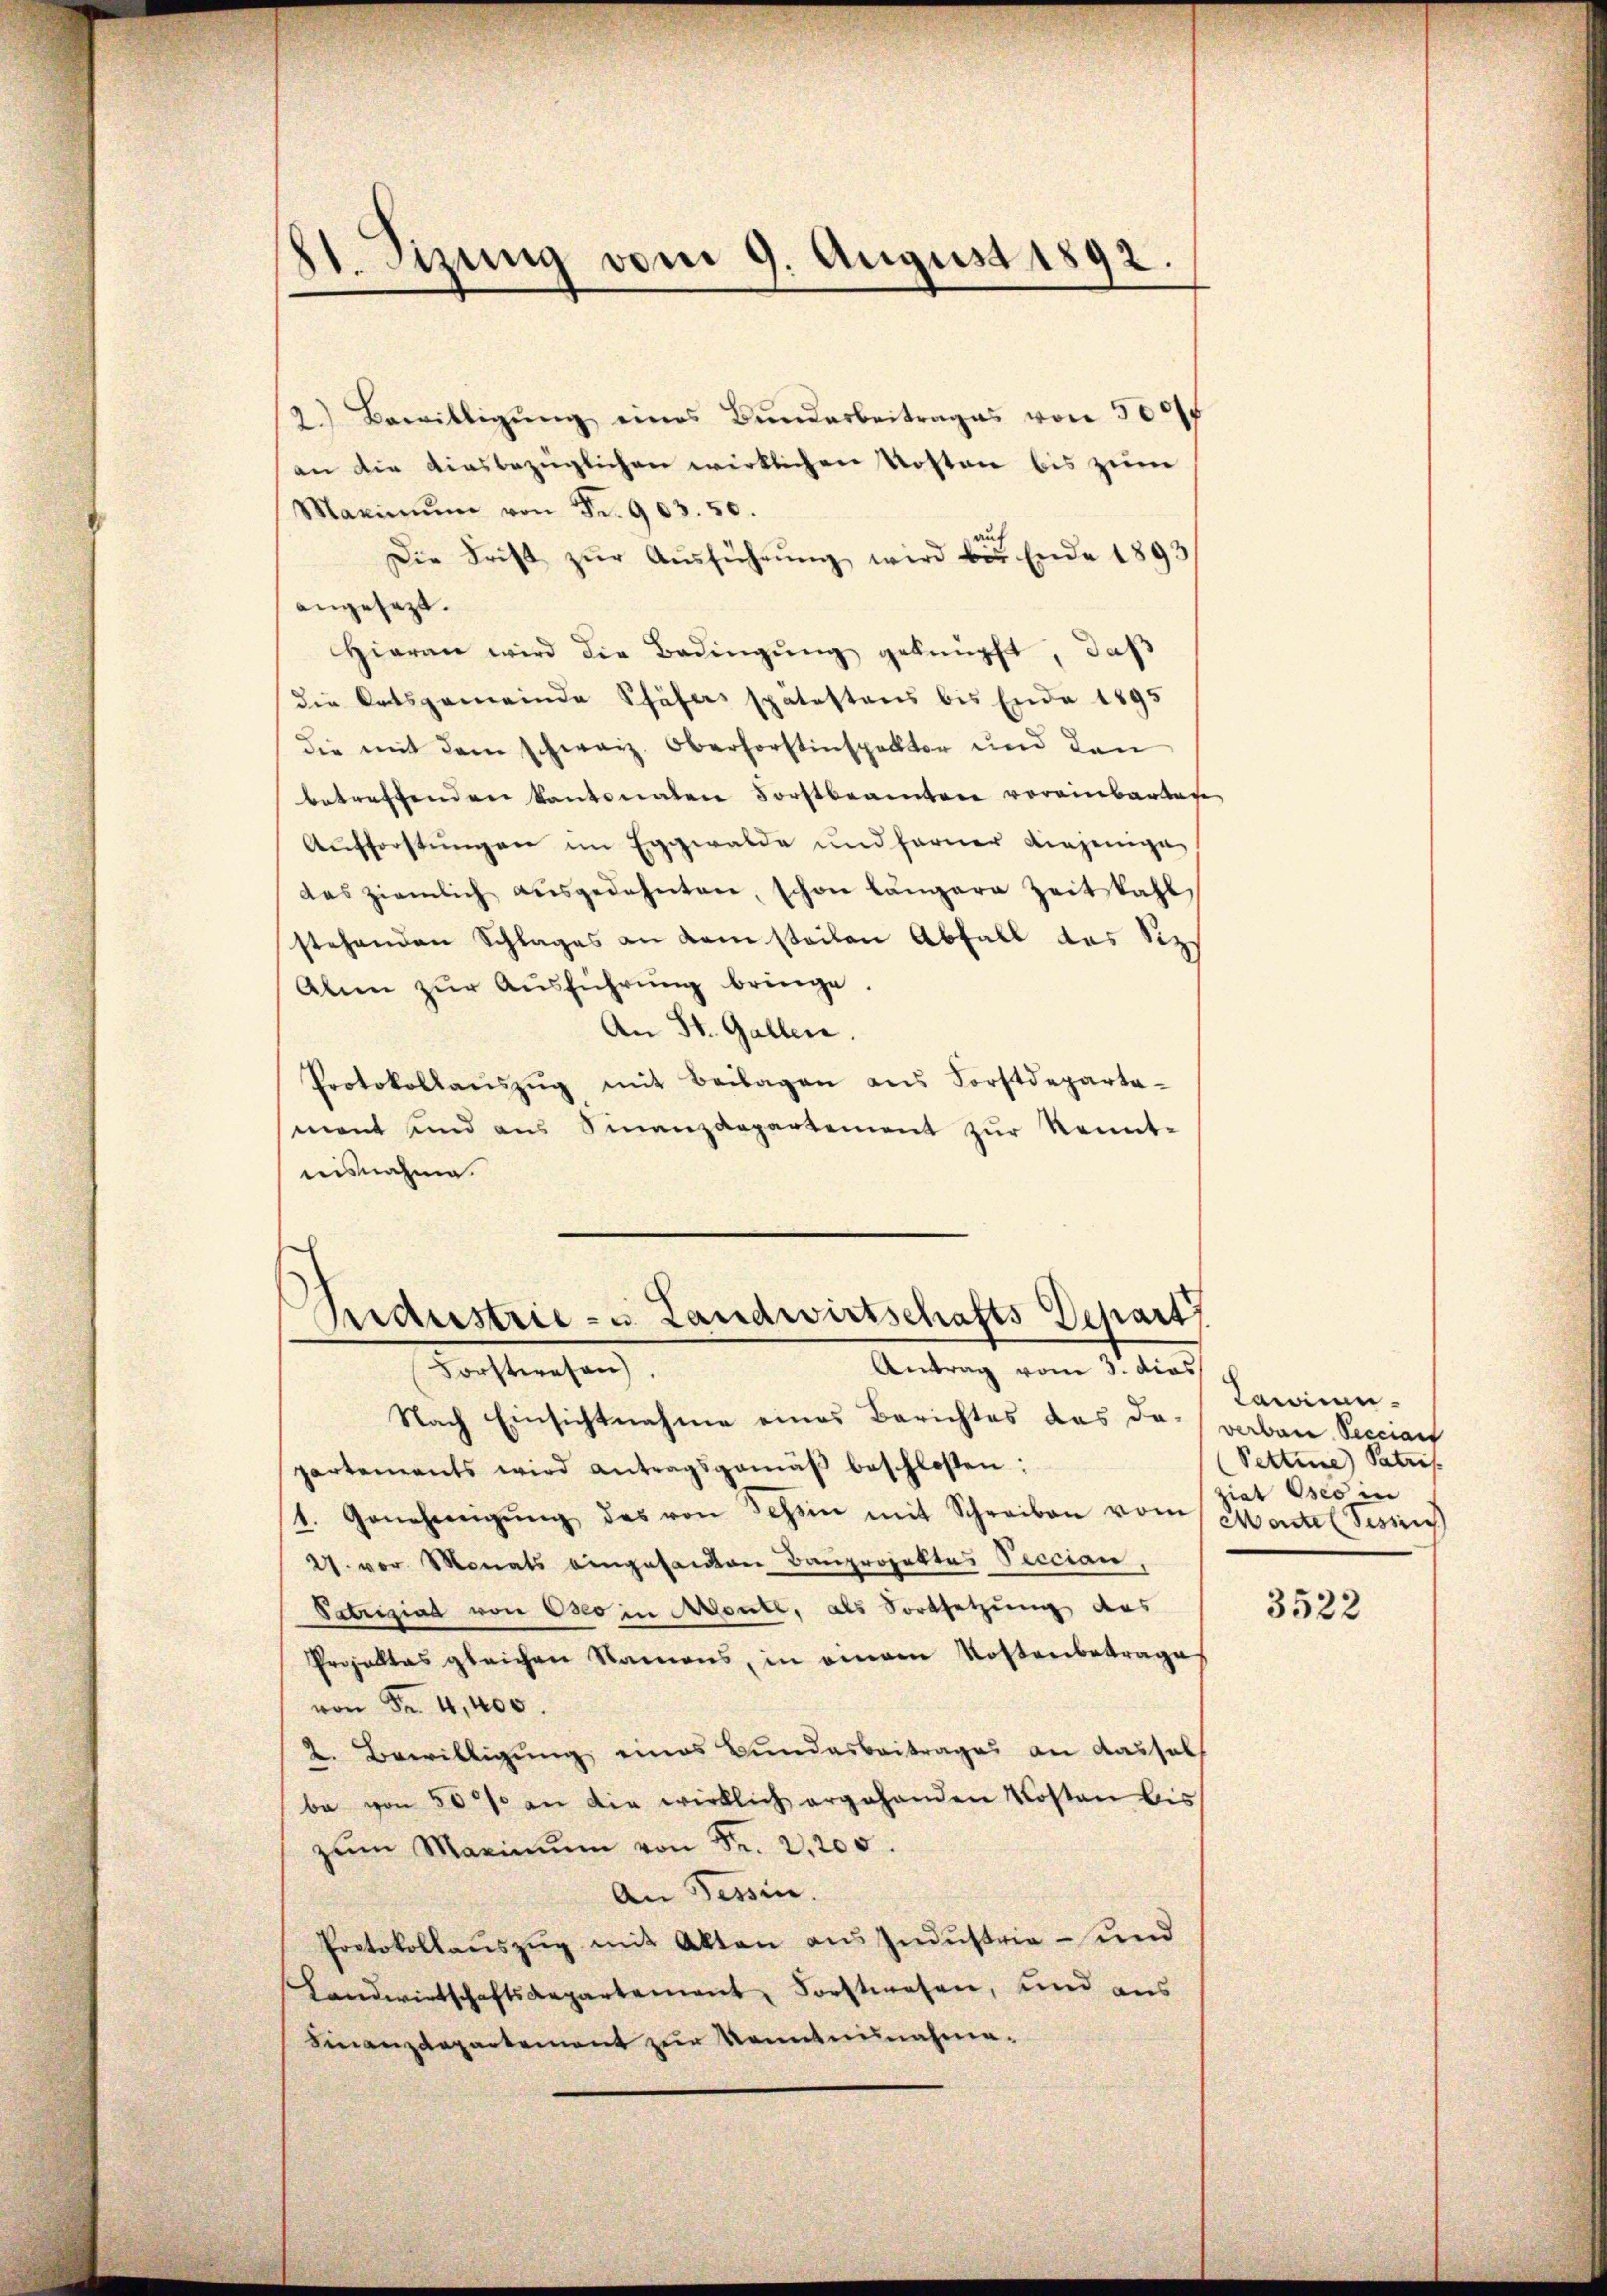
21. Sizung vom 9. August 1892.

2.) Bewilligŭng eines Bundarbeitrages von 5000f
an die diesbezüglichen wirklichen Kosten bis zum
Maximŭm von Fr. 903. 50.
Die Frist zŭr Aŭsführŭng wird bis Ende 1893/
angesezt.
hiaran wird die Bedingŭng geknüpft, daß
die Ortsgemeinde Schäfers spätestens bis Ende 1895
die mit dem schweiz. Oberforstinspektor und den
betreffenden kantonalen Forstbeamten voreinbarten
Aufforstungen im Eggwalde und ferner diejenige
das ziemlich aŭsgedehnten, schon längere Zeit kahl
stehenden Schlages an dem steilen Abfall des Sizs
Alee zŭr Aŭsführŭng bringe.
An St. Gallen.
Protokollaŭszŭg mit Beilagen ans Forstdeparta
mant und aus Sinanzdepartement zŭr Kennt-
nisnahme.

Sedeestrie- u. Landwirtschafts Depart
Antrag vom 3. dies
Rachstrahen

Nach Einsichtnahme eines Berichtes das da verban Secciant
partements wird antragsgemäβ beschloßen:
1. Genehmigŭng des von Tessin mit Schreiben vom Montel Tessi
27. vor. Monats eingesanten Bauprojektes Peccian,
Patriziad von Oseo in Monte, als Fortsetzung des
Prosaltas gleichen Namens, in einem Kostenbetrage
von Fr. 4, 400.
2. Bewilligung eines Bundesbeitrages an Kassels
be von 50% an die wirklich ergehenden Kosten bis
zŭm Maximŭm von Fr. 2,200.
An Tessin.
Protokollaŭszŭg mit Akten ans Indŭstrie- und
Landwirtschaftsdepartement Forstwesen, und aus
Finanzdepartement zur Kenntnisnahme-

Lawinen
Pettine Patris
ziat Oser in

3522